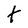
Character: t